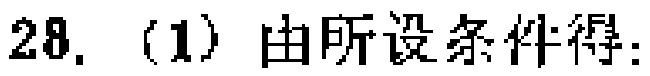
28. (1) 由所设条件得: